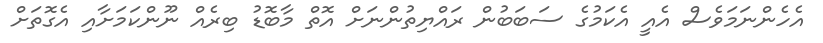
އެހެންނަމަވެސް އެއީ އެކަމުގެ ސަބަބުން ރައްޔިތުންނަށް އޮތް މާބޮޑު ބިރެއް ނޫންކަމަށާއި އެގޮތަށް